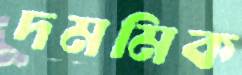
দমমিক